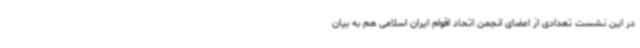
در این نشست تعدادی از اعضای انجمن اتحاد اقوام ایران اسلامی هم به بیان